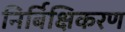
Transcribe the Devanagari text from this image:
निर्बिक्षिकरण